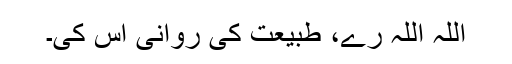
اللہ اللہ رے، طبیعت کی روانی اس کی۔